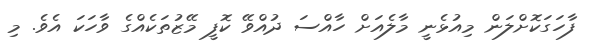
ފާހަގަކޮށްލަން މިއުޅެނީ މާލެއަށް ހާއްސަ ދުއްވޭ ކޮފީ މޭޒުތަކެއްގެ ވާހަކަ އެވެ. މި